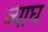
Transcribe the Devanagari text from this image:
व्याघ